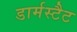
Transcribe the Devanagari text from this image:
डार्मस्टैट